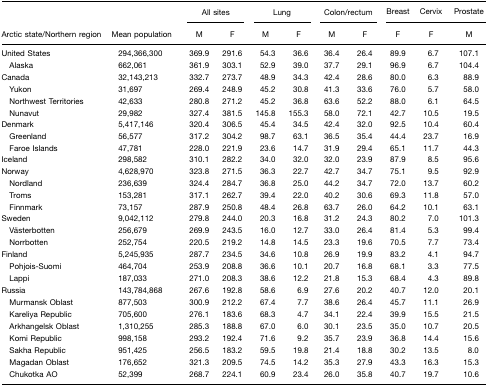
<table><thead><tr><td></td><td></td><td colspan="2"><b>All sites</b></td><td colspan="2"><b>Lung</b></td><td colspan="2"><b>Colon/rectum</b></td><td><b>Breast</b></td><td><b>Cervix</b></td><td><b>Prostate</b></td></tr><tr><td><b>Arctic state/Northern region</b></td><td><b>Mean population</b></td><td><b>M</b></td><td><b>F</b></td><td><b>M</b></td><td><b>F</b></td><td><b>M</b></td><td><b>F</b></td><td><b>F</b></td><td><b>F</b></td><td><b>M</b></td></tr></thead><tbody><tr><td>United States</td><td>294,366,300</td><td>369.9</td><td>291.6</td><td>54.3</td><td>36.6</td><td>36.4</td><td>26.4</td><td>89.9</td><td>6.7</td><td>107.1</td></tr><tr><td> Alaska</td><td>662,061</td><td>361.9</td><td>303.1</td><td>52.9</td><td>39.0</td><td>37.7</td><td>29.1</td><td>96.9</td><td>6.7</td><td>104.4</td></tr><tr><td>Canada</td><td>32,143,213</td><td>332.7</td><td>273.7</td><td>48.9</td><td>34.3</td><td>42.4</td><td>28.6</td><td>80.0</td><td>6.3</td><td>88.9</td></tr><tr><td> Yukon</td><td>31,697</td><td>269.4</td><td>248.9</td><td>45.2</td><td>30.8</td><td>41.3</td><td>33.6</td><td>76.0</td><td>5.7</td><td>58.0</td></tr><tr><td> Northwest Territories</td><td>42,633</td><td>280.8</td><td>271.2</td><td>45.2</td><td>36.8</td><td>63.6</td><td>52.2</td><td>88.0</td><td>6.1</td><td>64.5</td></tr><tr><td> Nunavut</td><td>29,982</td><td>327.4</td><td>381.5</td><td>145.8</td><td>155.3</td><td>58.0</td><td>72.1</td><td>42.7</td><td>10.5</td><td>19.5</td></tr><tr><td>Denmark</td><td>5,417,146</td><td>320.4</td><td>306.5</td><td>45.4</td><td>34.5</td><td>42.4</td><td>32.0</td><td>92.5</td><td>10.4</td><td>60.4</td></tr><tr><td> Greenland</td><td>56,577</td><td>317.2</td><td>304.2</td><td>98.7</td><td>63.1</td><td>36.5</td><td>35.4</td><td>44.4</td><td>23.7</td><td>16.9</td></tr><tr><td> Faroe Islands</td><td>47,781</td><td>228.0</td><td>221.9</td><td>23.6</td><td>14.7</td><td>31.9</td><td>29.4</td><td>65.1</td><td>11.7</td><td>44.3</td></tr><tr><td>Iceland</td><td>298,582</td><td>310.1</td><td>282.2</td><td>34.0</td><td>32.0</td><td>32.0</td><td>23.9</td><td>87.9</td><td>8.5</td><td>95.6</td></tr><tr><td>Norway</td><td>4,628,970</td><td>323.8</td><td>271.5</td><td>36.3</td><td>22.7</td><td>42.7</td><td>34.7</td><td>75.1</td><td>9.5</td><td>92.9</td></tr><tr><td> Nordland</td><td>236,639</td><td>324.4</td><td>284.7</td><td>36.8</td><td>25.0</td><td>44.2</td><td>34.7</td><td>72.0</td><td>13.7</td><td>60.2</td></tr><tr><td> Troms</td><td>153,281</td><td>317.1</td><td>262.7</td><td>39.4</td><td>22.0</td><td>40.2</td><td>30.6</td><td>69.3</td><td>11.8</td><td>57.0</td></tr><tr><td> Finnmark</td><td>73,157</td><td>287.9</td><td>250.8</td><td>48.4</td><td>26.8</td><td>63.7</td><td>26.0</td><td>64.2</td><td>10.1</td><td>63.1</td></tr><tr><td>Sweden</td><td>9,042,112</td><td>279.8</td><td>244.0</td><td>20.3</td><td>16.8</td><td>31.2</td><td>24.3</td><td>80.2</td><td>7.0</td><td>101.3</td></tr><tr><td> Västerbotten</td><td>256,679</td><td>269.9</td><td>243.5</td><td>16.0</td><td>12.7</td><td>33.0</td><td>26.4</td><td>81.4</td><td>5.3</td><td>99.4</td></tr><tr><td> Norrbotten</td><td>252,754</td><td>220.5</td><td>219.2</td><td>14.8</td><td>14.5</td><td>23.3</td><td>19.6</td><td>70.5</td><td>7.7</td><td>73.4</td></tr><tr><td>Finland</td><td>5,245,935</td><td>287.7</td><td>234.5</td><td>34.6</td><td>10.8</td><td>26.9</td><td>19.9</td><td>83.2</td><td>4.1</td><td>94.7</td></tr><tr><td> Pohjois-Suomi</td><td>464,704</td><td>253.9</td><td>208.8</td><td>36.6</td><td>10.1</td><td>20.7</td><td>16.8</td><td>68.1</td><td>3.3</td><td>77.5</td></tr><tr><td> Lappi</td><td>187,033</td><td>271.0</td><td>208.3</td><td>38.6</td><td>12.2</td><td>21.8</td><td>15.3</td><td>68.4</td><td>4.3</td><td>89.8</td></tr><tr><td>Russia</td><td>143,784,868</td><td>267.6</td><td>192.8</td><td>58.6</td><td>6.9</td><td>27.6</td><td>20.2</td><td>40.7</td><td>12.0</td><td>20.1</td></tr><tr><td> Murmansk Oblast</td><td>877,503</td><td>300.9</td><td>212.2</td><td>67.4</td><td>7.7</td><td>38.6</td><td>26.4</td><td>45.7</td><td>11.1</td><td>26.9</td></tr><tr><td> Kareliya Republic</td><td>705,600</td><td>276.1</td><td>183.6</td><td>68.3</td><td>4.7</td><td>34.1</td><td>22.4</td><td>39.9</td><td>15.5</td><td>21.5</td></tr><tr><td> Arkhangelsk Oblast</td><td>1,310,255</td><td>285.3</td><td>188.8</td><td>67.0</td><td>6.0</td><td>30.1</td><td>23.5</td><td>35.0</td><td>10.7</td><td>20.5</td></tr><tr><td> Komi Republic</td><td>998,158</td><td>293.2</td><td>192.4</td><td>71.6</td><td>9.2</td><td>35.7</td><td>23.9</td><td>36.8</td><td>14.4</td><td>15.6</td></tr><tr><td> Sakha Republic</td><td>951,425</td><td>256.5</td><td>183.2</td><td>59.5</td><td>19.8</td><td>21.4</td><td>18.8</td><td>30.2</td><td>13.5</td><td>8.0</td></tr><tr><td> Magadan Oblast</td><td>176,652</td><td>321.3</td><td>209.5</td><td>74.5</td><td>14.2</td><td>35.3</td><td>27.9</td><td>43.3</td><td>16.3</td><td>15.3</td></tr><tr><td> Chukotka AO</td><td>52,399</td><td>268.7</td><td>224.1</td><td>60.9</td><td>23.4</td><td>26.0</td><td>35.8</td><td>40.7</td><td>19.7</td><td>10.6</td></tr></tbody></table>